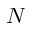
N